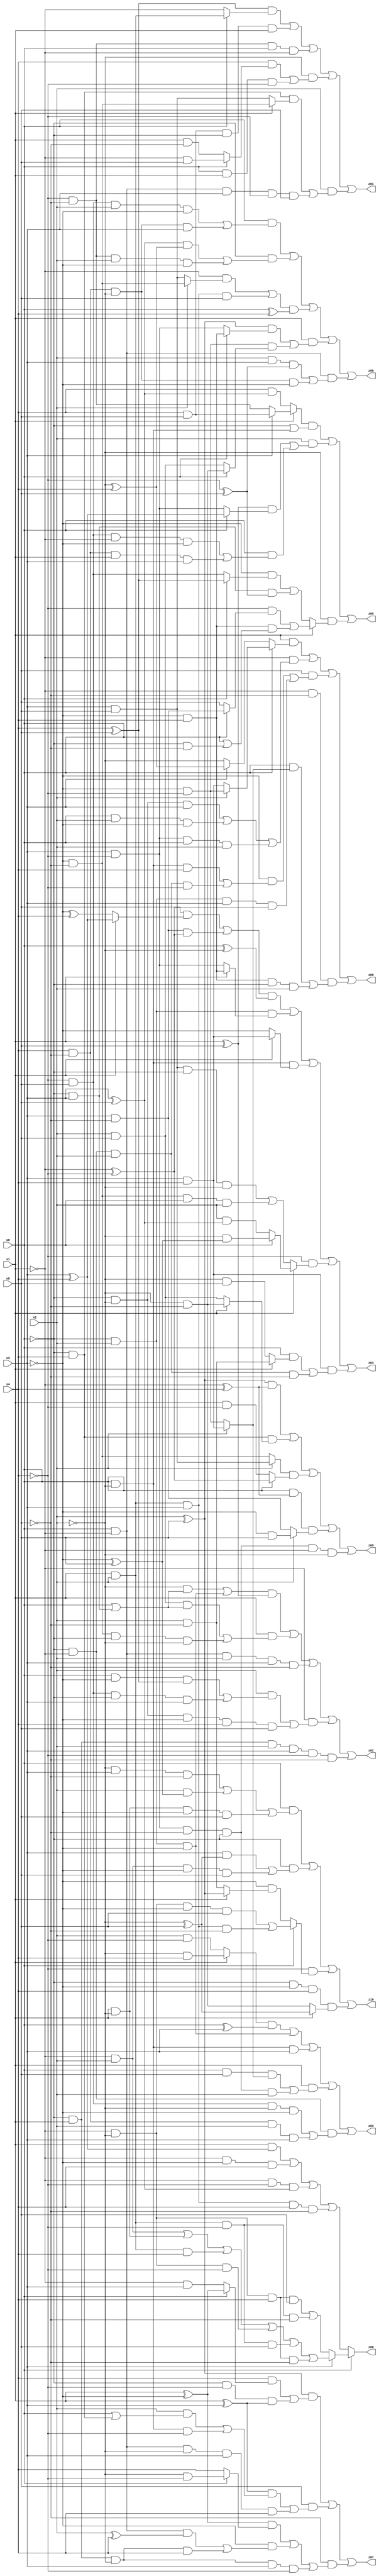
// Benchmark "X_18" written by ABC on Sat Jun 03 19:20:20 2023

module X_18 ( 
    x0, x1, x2, x3, x4, x5,
    z00, z01, z02, z03, z04, z05, z06, z07, z08, z09, z10  );
  input  x0, x1, x2, x3, x4, x5;
  output z00, z01, z02, z03, z04, z05, z06, z07, z08, z09, z10;
  assign z00 = x0 ? (x3 ? ((~x1 & x2) | (x1 & ~x2) | (x1 & x2 & x4) | (~x1 & ~x2 & ~x4) | (x1 & x2 & ~x4 & x5) | (~x1 & ~x2 & x4 & ~x5)) : ((~x1 & ~x2 & x4 & x5) | (x1 & x2 & ~x4 & ~x5))) : ((x1 & (x3 ^ x4)) | (~x1 & ~x3 & x4) | (~x1 & ~x4 & (x3 ^ x5)) | (x1 & x2 & x3 & x4 & ~x5));
  assign z01 = ((x4 ^ x5) & (x0 ? (x1 & x2) : ~x1)) | (x4 & x5 & ~x0 & x1) | (~x4 & ~x5 & x0 & ~x1) | (~x2 & ((x4 & (x0 ? (~x1 & x5) : (x1 & ~x5))) | (x0 & x1 & ~x4))) | (x2 & ((~x0 & x4 & (x1 ? (~x3 & ~x5) : (x3 & x5))) | (x0 & ~x1 & x3 & ~x4 & x5)));
  assign z02 = (((~x2 & (x0 | (~x0 & x3))) | (~x0 & x2 & ~x3)) & (x1 ^ x5)) | (x1 & ((x2 & x5 & (x0 | (~x0 & x3))) | (~x3 & ~x5 & ~x0 & ~x2))) | (x0 & ~x1 & x2 & x3 & ~x5) | (~x1 & ((x2 & ((x0 & ~x3 & (x4 ^ x5)) | (~x4 & x5 & ~x0 & x3))) | (~x0 & ~x2 & ~x3 & x4 & x5))) | (~x0 & x1 & x2 & x3 & ~x4 & ~x5);
  assign z03 = ((x1 ? (~x2 & x4) : (x2 & ~x4)) & (x0 ^ x3)) | (~x0 & x2 & ~x3) | (x0 & ~x2 & x3) | (x1 & ((x0 & x5 & (x2 ? (x3 & x4) : (~x3 & ~x4))) | (x3 & ~x4 & ~x5 & ~x0 & x2))) | (~x0 & ~x1 & ((~x4 & x5 & ~x2 & ~x3) | (x4 & ~x5 & x2 & x3)));
  assign z04 = (((x5 & (x1 ? (x3 ^ x4) : (~x3 ^ x4))) | (x3 & ~x5 & (~x1 ^ ~x4))) & (x0 ^ ~x2)) | (~x0 & x2 & (x1 ? (~x3 & x4) : (x3 & ~x4))) | (x0 & ~x2 & (x1 ? (x3 & x4) : ~x3)) | (~x4 & (x1 ? (x0 ? (~x2 & (~x3 ^ x5)) : (x2 & (x3 ^ x5))) : ((x3 & x5 & ~x0 & ~x2) | (~x3 & ~x5 & x0 & x2)))) | (x3 & x4 & ((x0 & (x1 ? (x2 & ~x5) : (~x2 & x5))) | (~x0 & ~x1 & x2 & ~x5)));
  assign z05 = ((x1 ? (x3 ? (x4 & x5) : (~x4 & ~x5)) : (x4 & (x3 ^ x5))) & (~x0 | (x0 & ~x2))) | (x2 & (((x1 ^ x5) & (x0 ? (x3 ^ x4) : (x3 & ~x4))) | (x0 & ((~x4 & x5 & ~x1 & ~x3) | (x4 & ~x5 & x1 & x3))))) | (~x2 & (x1 ? ((~x4 & (x0 ? (x3 & ~x5) : x5)) | (~x3 & x4 & (x0 | (~x0 & ~x5)))) : ((~x3 & (x0 ? (x4 ^ x5) : (~x4 & x5))) | (~x0 & x3 & (~x4 ^ x5)))));
  assign z06 = (x0 & ((~x4 & x5 & x2 & ~x3) | (x4 & ~x5 & ~x2 & x3))) | (~x0 & (((x3 ^ x5) & (~x2 ^ x4)) | (~x4 & ~x5 & x2 & ~x3))) | (((~x1 & (x2 ? (~x3 & ~x5) : (x3 & x5))) | (x1 & x2 & x3 & x5)) & (x0 ^ x4)) | (x1 & (((x2 ^ x5) & (x0 ? (~x3 & x4) : (x3 & ~x4))) | (~x3 & ~x4 & (x0 ? (~x2 & ~x5) : (x2 & x5))))) | (x0 & ~x1 & ((x2 & x3 & (~x4 ^ x5)) | (x4 & ~x5 & ~x2 & ~x3)));
  assign z07 = ((x2 ^ x5) & ((x4 & (x0 ? (x1 ^ ~x3) : (~x1 & x3))) | (~x0 & ~x4 & (x1 ^ x3)))) | (x5 & (((x1 ^ x3) & ((x2 & (x0 | (~x0 & x4))) | (x0 & ~x2 & ~x4))) | (x0 & ~x1 & ~x2 & x3 & x4))) | (~x5 & (((x1 ^ ~x3) & (x0 ? (~x2 & ~x4) : x4)) | (~x3 & ((x0 & ~x1 & (x2 ^ x4)) | (~x0 & x1 & ~x2 & x4))) | (~x0 & x1 & ~x2 & x3 & ~x4)));
  assign z08 = (x1 & (x0 ? (x2 ? (~x3 & ~x4) : (x3 & x4)) : (x3 ? (~x2 ^ x4) : ~x2))) | (~x1 & ((~x0 & ~x2 & x3) | (x0 & x2 & ~x3) | (x3 & ~x4 & x0 & x2))) | (x5 & ((~x3 & ((x0 & ~x2 & x4) | (~x0 & ~x1 & x2 & ~x4))) | (~x0 & x2 & x3 & (~x1 ^ ~x4)))) | (~x1 & ~x5 & ((x0 & (x2 ? (x3 & x4) : (~x3 & ~x4))) | (~x3 & x4 & ~x0 & x2)));
  assign z09 = ((x2 ^ x5) & (~x1 ^ x4)) | (~x0 & x4 & (x1 ? (~x2 & ~x5) : (x2 & x5))) | ((x2 ? (x3 & x5) : (~x3 & ~x5)) & (x0 ? (~x1 ^ ~x4) : (x1 & ~x4))) | (x0 & (~x1 ^ x4) & (x2 ? (~x3 & x5) : (x3 & ~x5))) | (x3 & ~x4 & ~x5 & ~x0 & ~x1 & ~x2);
  assign z10 = (x0 & ((~x2 & x3 & ~x5) | (x2 & (~x3 ^ x5)) | (x1 & ~x2 & ~x3 & x5))) | (~x0 & ((x3 & (~x2 ^ x5)) | (~x1 & x2 & ~x3 & x5))) | (~x4 & (x0 ? ((~x1 & ~x2 & ~x3 & x5) | (x1 & x2 & x3 & ~x5)) : (~x3 & (x1 ? (x2 ^ x5) : (x2 & ~x5))))) | (~x0 & ~x3 & x4 & (x1 ? (~x2 ^ x5) : (~x2 & ~x5)));
endmodule